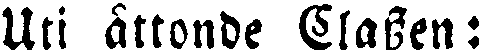
Uti åttonde Classen: